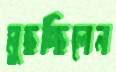
মুছচ্ছিলেন